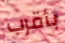
بأقرب